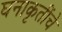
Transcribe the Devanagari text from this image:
घनाकृतींचे